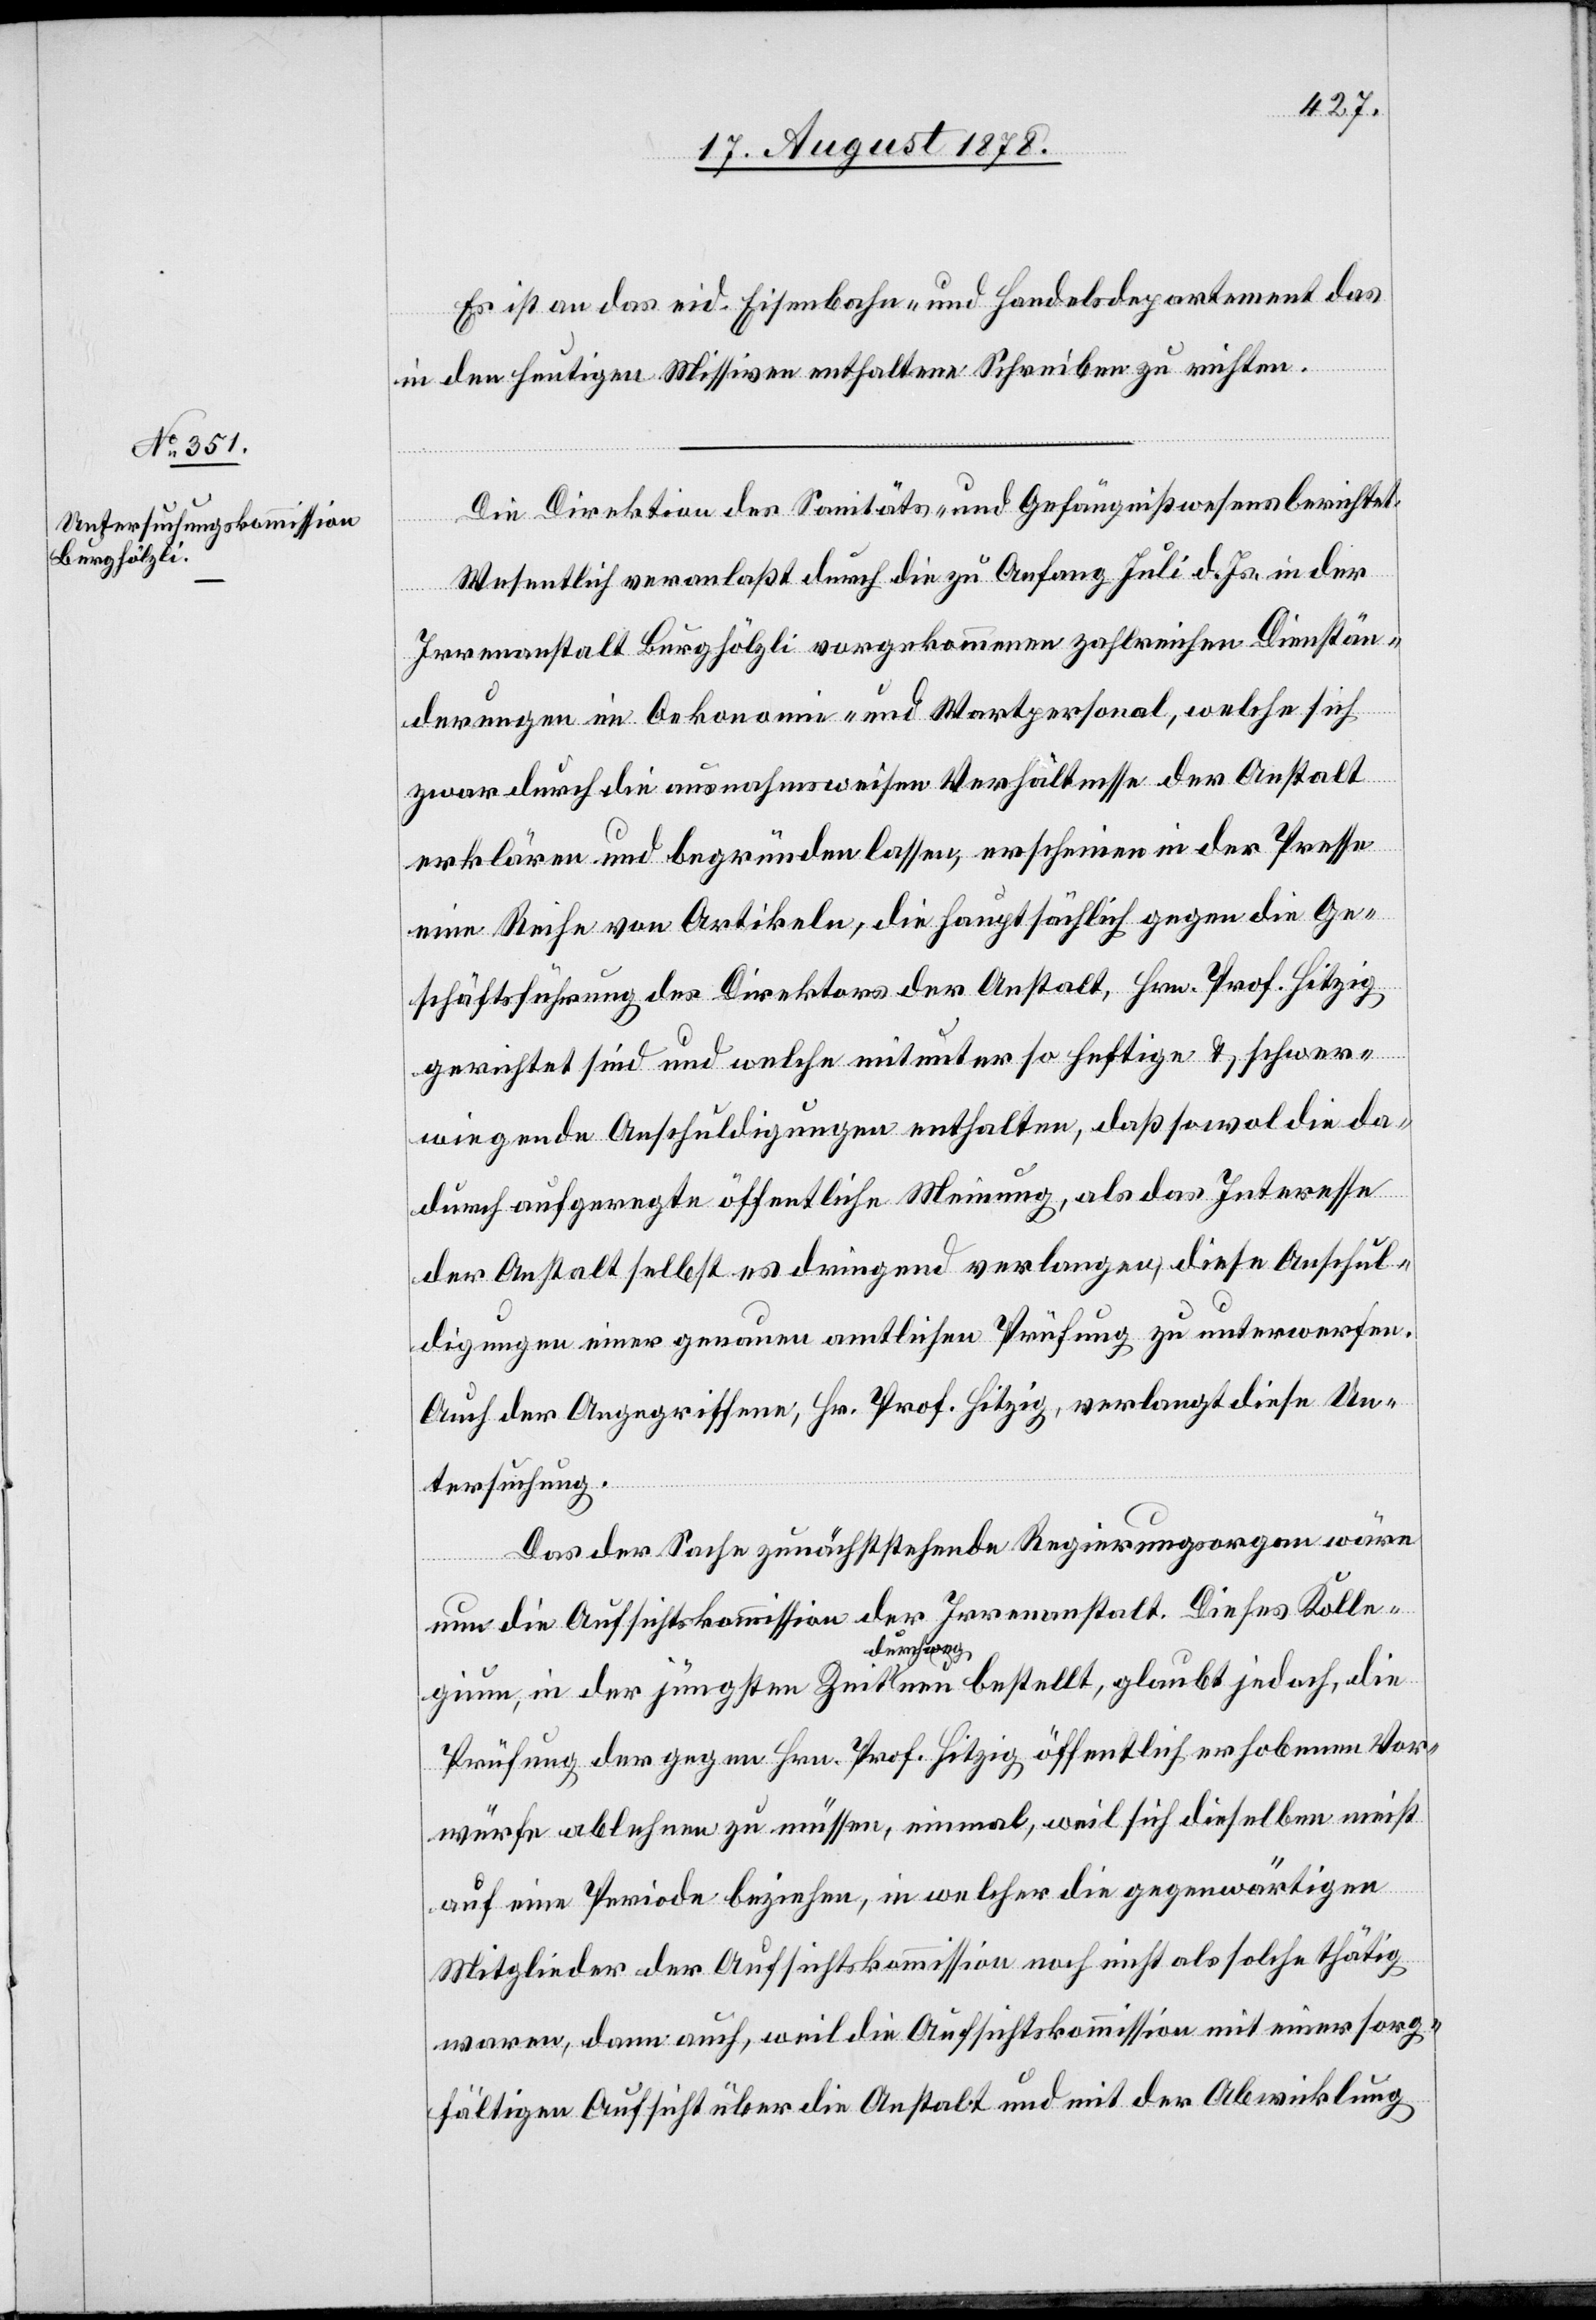
Es ist an das eid. Eisenbahn- und Handelsdepartement das
in den heutigen Missiven enthaltene Schreiben zu richten.
Die Direktion des Sanitäts- & Gefängnißwesens berichtet:
Wesentlich veranlaßt durch die zu Anfang Juli d. Js. in der
Irrenanstalt Burghölzli vorgekommenen zahlreichen Dienstän¬
derungen im Oekonomie- und Wartepersonal, welche sich
zwar durch die ausnahmsweisen Verhältnisse der Anstalt
erklären und begründen lassen, erscheinen in der Presse
eine Reihe von Artikeln, die hauptsächlich gegen die Ge¬
schäftsführung des Direktors der Anstalt, Hrn. Prof. Hitzig
gerichtet sind und welche mitunter so heftige & schwer¬
wiegende Anschuldigungen enthalten, daß sowol die da¬
durch aufgeregte öffentliche Meinung, als das Interesse
der Anstalt selbst es dringend verlangen, diese Anschul¬
digungen einer genauen amtlichen Prüfung zu unterwerfen.
Auch der Angegriffene, Hr. Prof. Hitzig, verlangt diese Un¬
tersuchung.
Das der Sache zunächststehende Regierungsorgan wäre
nun die Aufsichtskommission der Irrenanstalt. Dieses Kolle¬
gium, in der jüngsten Zeit durchweg neu bestellt, glaubt jedoch, die
Prüfung der gegen Hrn. Prof. Hitzig öffentlich erhobenen Vor¬
würfe ablehnen zu müssen, einmal, weil sich dieselben nicht
auf eine Periode beziehen, in welcher die gegenwärtigen
Mitglieder der Aufsichtskommission noch nicht als solche thätig
waren, dann auch, weil die Aufsichtskommission mit einer sorg¬
fältigen Aufsicht über die Anstalt und mit der Abwicklung